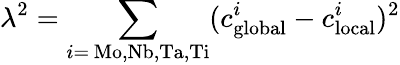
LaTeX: \lambda^{2}=\sum_{i=\, \mathrm{Mo,Nb,Ta,Ti}}(c_{\mathrm{global}}^{i}-c_{\mathrm{local}}^{i})^{2}